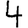
Digit: 4